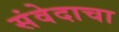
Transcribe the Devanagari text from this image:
संवेदाचा